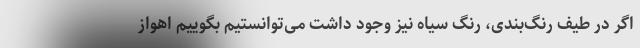
اگر در طیف رنگ‌بندی، رنگ سیاه نیز وجود داشت‌ می‌توانستیم بگوییم اهواز